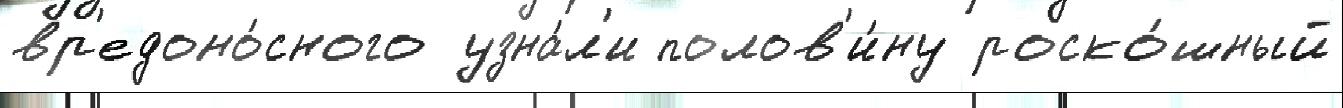
вр'едоно́сного узна́л'и полов'и́ну роско́шный